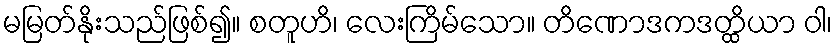
မမြတ်နိုးသည်ဖြစ်၍။ စတူဟိ၊ လေးကြိမ်သော။ တိဏောဒကဒတ္ထိယာ ဝါ၊